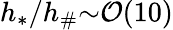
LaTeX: h_{*}/h_{\# }{\sim}\mathcal{O}(10)